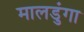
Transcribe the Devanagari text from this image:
मालडुंगा